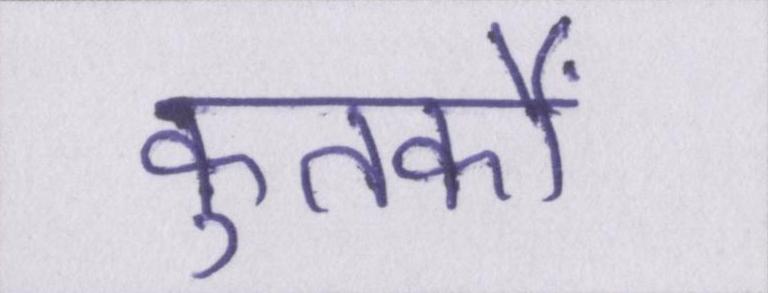
कुतर्कों